Sketch of the medical history of the native army of Bombay, for the year
Year: 1872
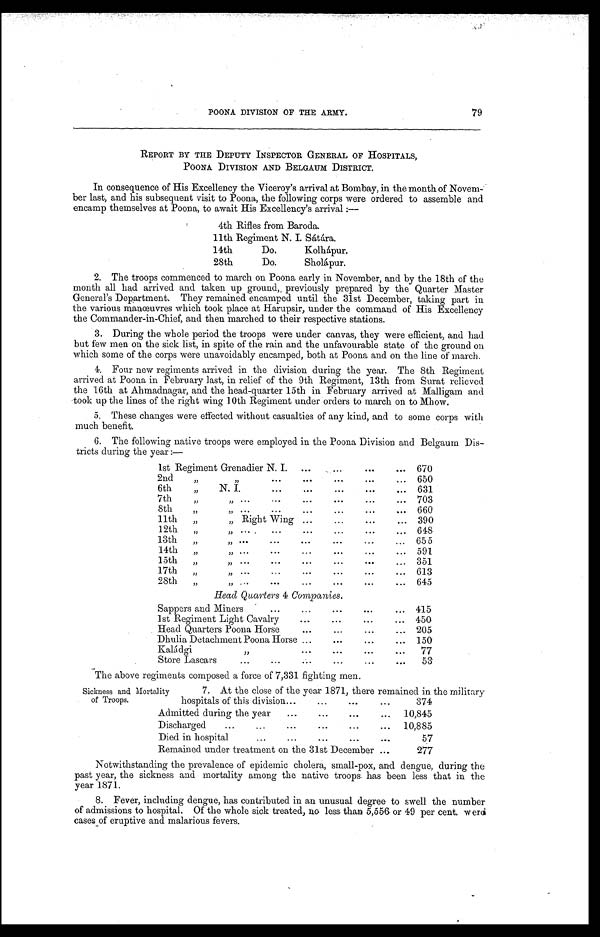
7. At the close of the year 1871, there remained in the military
Sickness and Mortality
of Troops.
hospitals of this division . . .
374
Admitted during the year . . .
10,845
Discharged . . .
10,885
Died in hospital . . .
57
Remained under treatment on the 31st December . . .
277
79
POONA DIVISION OF THE ARMY.
REPORT BY THE DEPUTY INSPECTOR GENERAL OF HOSPITALS,
POONA DIVISION AND BELGAUM DISTRICT.
In consequence of His Excellency the Viceroy's arrival at Bombay, in the month of Nove
m - b e r l a s t , a n d h i s s u b s e q u e n t v i s i t t o P o o n a , t h e f o l l o w i n g c o r p s w e r e o r d e r e d t o a s s e m b l e a n d
encamp themselves at Poona, to await His Excellency's arrival :--
4th Rifles from Baroda.
11th Regiment N. I. Sátára.
14th
Do.
Kolhápur.
28th
Do.
Sholápur.
2. The troops commenced to march on Poona early in November, and by the 18th of the
month all had arrived and taken up ground, previously prepared by the Quarter Master
General's Department. They remained encamped until the 31st December, taking part in
the various manœuvres which took place at Harupsir, under the command of His Excellency
the Commander-in-Chief, and then marched to their respective stations.
3. During the whole period the troops were under canvas, they were efficient, and had
but few men on the sick list, in spite of the rain and the unfavourable state of the ground on
which some of the corps were unavoidably encamped, both at Poona and on the line of march.
4. Four new regiments arrived in the division during the year. The 8th Regiment
arrived at Poona in February last, in relief of the 9th Regiment, 13th from Surat relieved
the 16th at Ahmadnagar, and the head-quarter 15th in February arrived at Malligam and
took up the lines of the right wing 10th Regiment under orders to march on to Mhow.
5. These changes were effected without casualties of any kind, and to some corps with
much benefit.
6. The following native troops were employed in the Poona Division and Belgaum Dis
-tricts during the year :—
1st Regiment Grenadier N. I. . . .
670
2 n d " " . . .
650
6th " N. I. . . .
631
7th " " . . .
703
8th " " . . .
660
11th " " Right Wing . . .
390
12th " " . . .
648
13th " " . . .
655
14th " " . . .
591
15th " " . . .
351
17th " " . . .
613
28th " " . . .
645
Head Quarters 4 Companies.
Sappers and Miners . . .
415
1st Regiment Light Cavalry . . .
450
Head Quarters Poona Horse . . .
205
Dhulia Detachment Poona Horse . . .
150
Kaládgi " . . .
77
Store Lascars . . .
53
The above regiments composed a force of 7,331 fighting men.
Notwithstanding the prevalence of epidemic cholera, small-pox, and dengue, during the
past year, the sickness and mortality among the native troops has been less that in the
year 1871.
8. Fever, including dengue, has contributed in an unusual degree to swell the number
of admissions to hospital. Of the whole sick treated, no less than 5,556 or 49 per cent. were
cases of eruptive and malarious fevers.